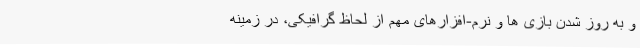
و به روز شدن بازی ها و نرم-افزارهای مهم از لحاظ گرافیکی، در زمینه